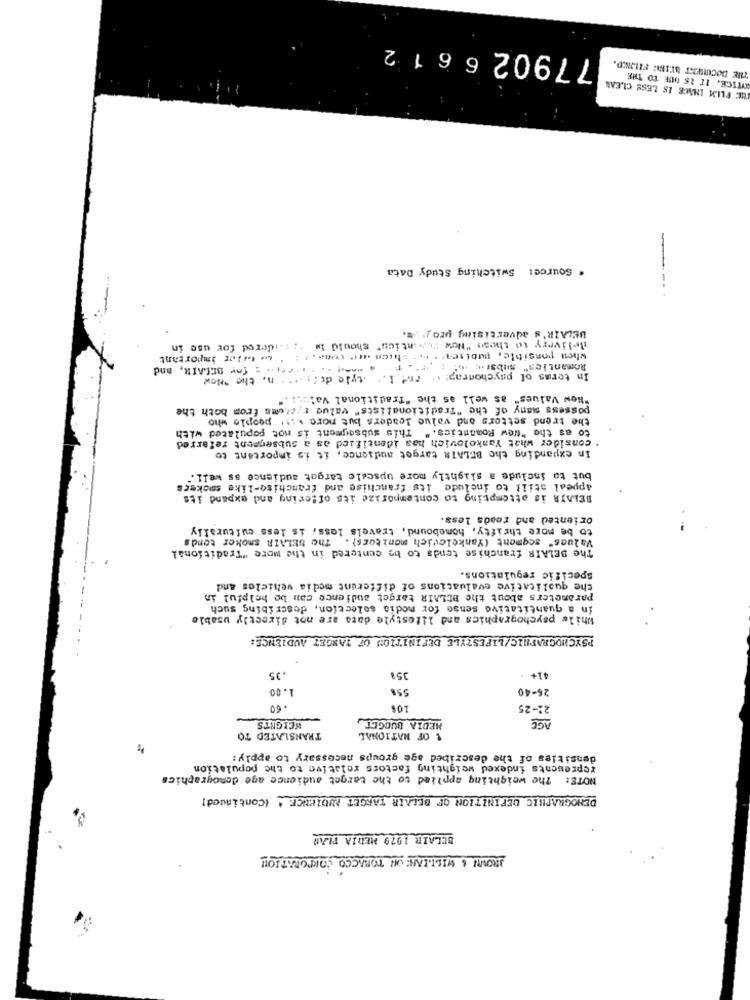
779026 6 1 2
THE DOCUMENT BEING FILIND.
HE FLIM IMAGE IS LESS CLEAR
KYTICE. IT IS DUE TO THE
* Sourcet Switching Study Data
---
UBLAIR's advertising proy. ...
intics" should Im .: :. idered for use in
delivery to thesn "Now " > intics"
to fler important
when possible, puoiser. . .
---......... . for SEGAIR, and
- 1.
Romantics" subst .;
n. the "Now
.tyle de ! . ...
In terms of psychodrap! .. one
"New Values" as well as the "Traditional Val :. i ."
possess many of the "Traditionalists" value :. stems from both the
the trend setters and value leaders but more with people who
to as the "New Romantics. " This subsegment is not populated with
. consider what Yankolovich has identified as a subsegment referred
In expanding the BELAIR target audience, it is important to
but to include a slightly more upscale target audience as well."
appeal still to include its franchise and franchise-like smokees
BELAIR is attempting to contemporize its offering and expand its
oriented and reads less.
to be more thrifty, homebound, travels loss, is less culturally
Values" segment (Yankelevich monitors} . The BELAIR smoker tonds
The BELAIR franchise tends to be centered in the more "Traditional
Specific regulations.
che qualitative evaluations of different media vehicles and
parameters about the BCLAIR target audience can be helpful in
in a quantitative sense for media selection, describing such
While psychographics and lifestyle data are not directly usable
PSYCHOGRAPHIC/LIFESTYLE DEFINITION OF TARGET AUDIENCE:
.35
351
41+ +
1.00
558
26-40
60
10$
22-25
MEDIA BUDGET
AGE
HEIGHTS
TRANSLATED TO
& OF NATIONAL
densities of the described age groups necessary to apply:
represents indexed weighting factors relative to the population
NOTE: The weighting applied to the target audience age demographics
DEMOGRAPHIC DEFINITION OF BELAIR TARGET AUDIENCE . (Continued]
BCLAIR 1979 MEDIA PLAR
JROWN & WILLIAH ON TORACCO CORPORATION